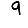
Digit: 9